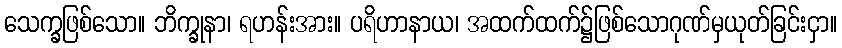
သေက္ခဖြစ်သော။ ဘိက္ခုနာ၊ ရဟန်းအား။ ပရိဟာနာယ၊ အထက်ထက်၌ဖြစ်သောဂုဏ်မှယုတ်ခြင်းငှာ။